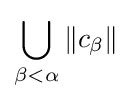
\bigcup _{\beta <\alpha }\left\|c_{\beta }\right\|